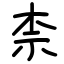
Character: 柰